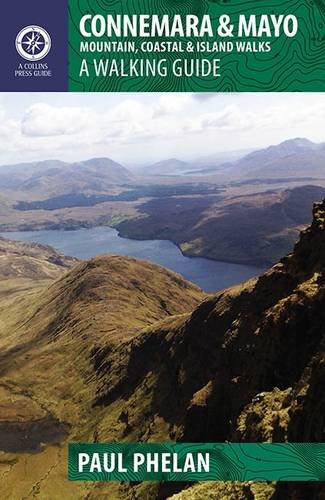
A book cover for Connemara & Mayo: Mountain, Coastal & Island Walks; Paul Phelan; Travel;